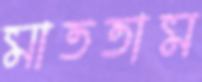
মাততাম